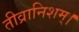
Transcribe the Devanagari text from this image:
तीव्रानिशम्।